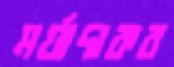
মর্যাদাকর